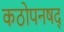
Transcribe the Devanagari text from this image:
कठोपनषद्